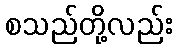
စသည်တို့လည်း